Statistical return of the lunatic asylum in Assam - 1912-1932
Year: 1912
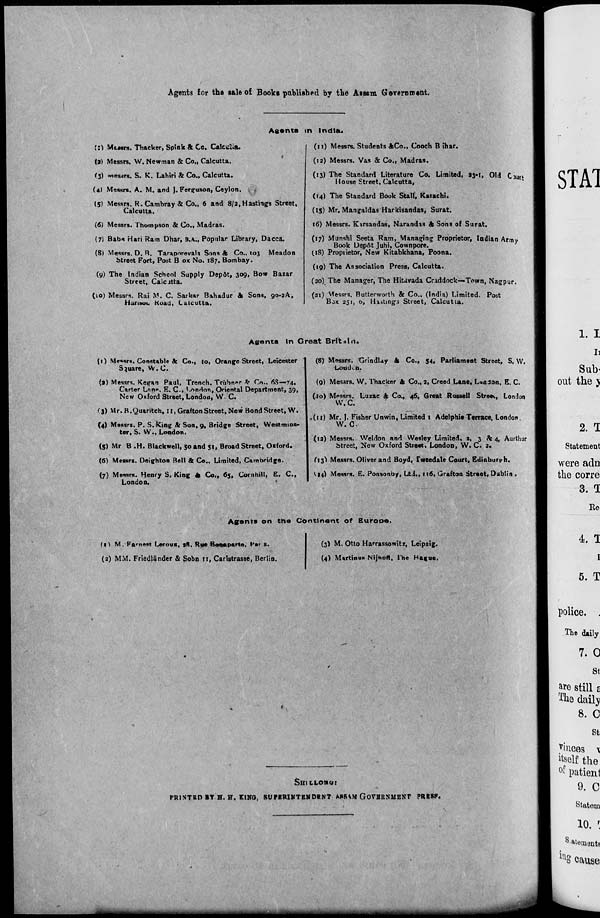
Agents for the sale of Books published by the Asssm Government.
C:l Musrs. Thacker, Spink & Co. CalcrfUu
(a) Messrs. W. Newman & Co., Calcutta,
f j) Messrs. S. K. Lahiri & Co., Calcutta.
(4) Messrs. A. M. and J. Ferguson, Ceylon.
Agents in India.
(11) Messrs. Students &Co., Cooch B ihar.
(12) Messrs. Vas & Co., Madras.
(13) The Standard Literature Co. Limited, >3«l, Old Cjujf
House Street, Calcutta,
(5) Messrs. R.Cambray & Co., 6 and 8/2,Hastings Street,
Calcutta,
(6) Messrs. Thompson & Co., Madras.
(7) Bab* Hari Ram Dhar, B.A., Popular Library, Dacca.
(8) Messrs. D. R. Taraporevala Sons ft Co., 103 Meadon
btreet Fort, Post B OK NO. 187. Bombay.
(y) The Indian School Supply Dep&t, 309, Bow Bazar
Street, Calcutta.
(10) Messrs. Rai M. C. Sarkar Bahadur ft Sons, 90-2A,
Hunaoi. Koad, Calcutta.
(14) The Standard Book Stall, Karachi.
(15) Mr. Mangaldas Harkisandas, Surat.
16) Messrs. Kirsandas, Narandis ft Sons of Surat.
(17) Munshi Seeta Ram, Managing Proprietor, Indian Army
Book Depftt Juhi, Cownpore.
(IS) Proprietor, New Kitabkhana, Poona.
(19) The Association Press, Calcutta.
(20) The Manager, The HiUvada Craddock—Town, Nagpur.
(21) Messrs. Butterworth & Co., (India) Limited. Post
BJX 251, o, Hastings Street, Calcutta.
Agents In Great Brit * 1 it.
(1) Messrs. Constable ft Co., lo, Orange Street, Leicester 'j (8) Messrs. tirindlay ft Co., 54, Parliament Street, S. VV.
Square, W.C
Louden.
(3) Messrs. Kegan Paul, Trench, Tr(ibn»r * Co.. 68—74,
Carter Lan*, E. C, London, Oriental Department, 39,
New Oxford Street, London, W.'C.
<i) Mr. R.Quaritch, 11, Graf ton Street, New Bond Street, W.
(4) Messrs. P. S. king ft Son, Q, Bridge Street, Westmins-
ter, S. W., London.
(5) Mr B .H. Blackwell, 50 and 51, Broad Street, Oxford.
(6) Messrs. Deighton Bell & Co.. Limited, Cambridge..
(7) Messrs. Henry S. King ft Co., 65, Comhilt, E. C,
London.
•
(9) Messrs. W. Thacker ft Co., a, Creed Lane, London, E. C.
(lo) Messrs. Luzac ft Co., 46, Qreat Russell Streex, London
W.C.
.(11) Mr. J. Fisher Unwin, Limited 1 Adelphie Terrace. London.
W.C.
(12) Messrs. Weldon and Wesley Limited, a, 3 & 4, Aurthur
Street, New Oxford Street, London, W. C. 2.
(13) Messrs. Oliver and Boyd, Tweedale Court, Edinburgh.
I14) Messrs. K. Ponsonby, Ltd., 116, Grafton Street, Dublin .
Agents on trie Continent of Europe.
(i) M. Fames* Lerous, *%, Rue Bonaparte. Far s.
(2) MM. Friedlander & Sobn 11, Carlstrasse, Berlin.
(3) M. Otto Harrassowitr, Leipzig.
(4) MartinuK Nijhoff, The Hague.
SmcLonur
PR1NTEO BY H. H. KINO, SUFBRINTEN DENT A*»R\M GOVBEXMEKT PRBSF.